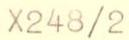
X248/2